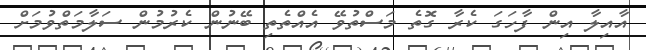
އާއިލާ އިން ފާހަގަ ކެރާ ގޮތެ މަސްތުވޭ އެއްތެތި ބޭނުން ކެރުމުން ސަލާމަތްވުމަށް